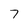
Character: 7